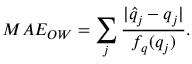
M A E _ { O W } = \sum _ { j } \frac { | \hat { q } _ { j } - q _ { j } | } { f _ { q } ( q _ { j } ) } .